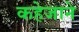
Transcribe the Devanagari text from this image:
कहेजाने